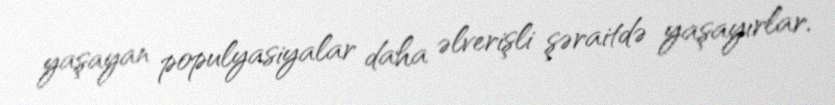
yaşayan populyasiyalar daha əlverişli şəraitdə yaşayırlar.